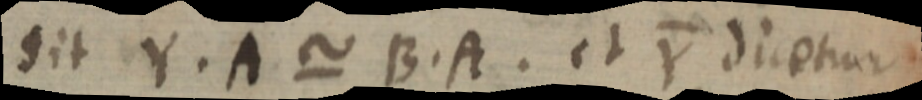
sit Y. A ~ B. A. et Y dicetur